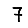
Digit: 7